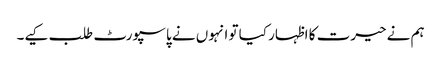
ہم نے حیرت کا اظہار کیا تو انہوں نے پاسپورٹ طلب کیے۔